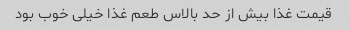
قیمت غذا بیش از حد بالاس طعم غذا خیلی خوب بود